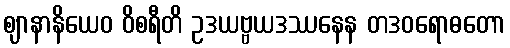
ဈာနာနိယေဝ ဝိစရီတိ ဥဒယဗ္ဗယဒဿနေန တဒဝရောဓတော